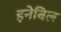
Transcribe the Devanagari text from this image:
इनेबिल